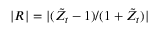
| R | = | ( \Tilde { Z } _ { t } - 1 ) / ( 1 + \Tilde { Z } _ { t } ) |